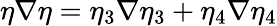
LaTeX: \eta\nabla\eta=\eta_{3}\nabla\eta_{3}+\eta_{4}\nabla\eta_{4}